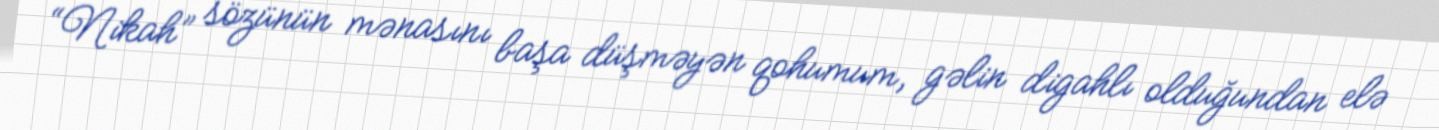
“Nikah” sözünün mənasını başa düşməyən qohumum, gəlin digahlı olduğundan elə